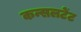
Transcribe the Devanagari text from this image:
कन्सलटेंट